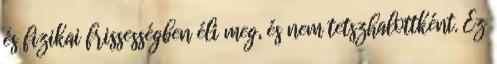
és fizikai frissességben éli meg, és nem tetszhalottként. Ez